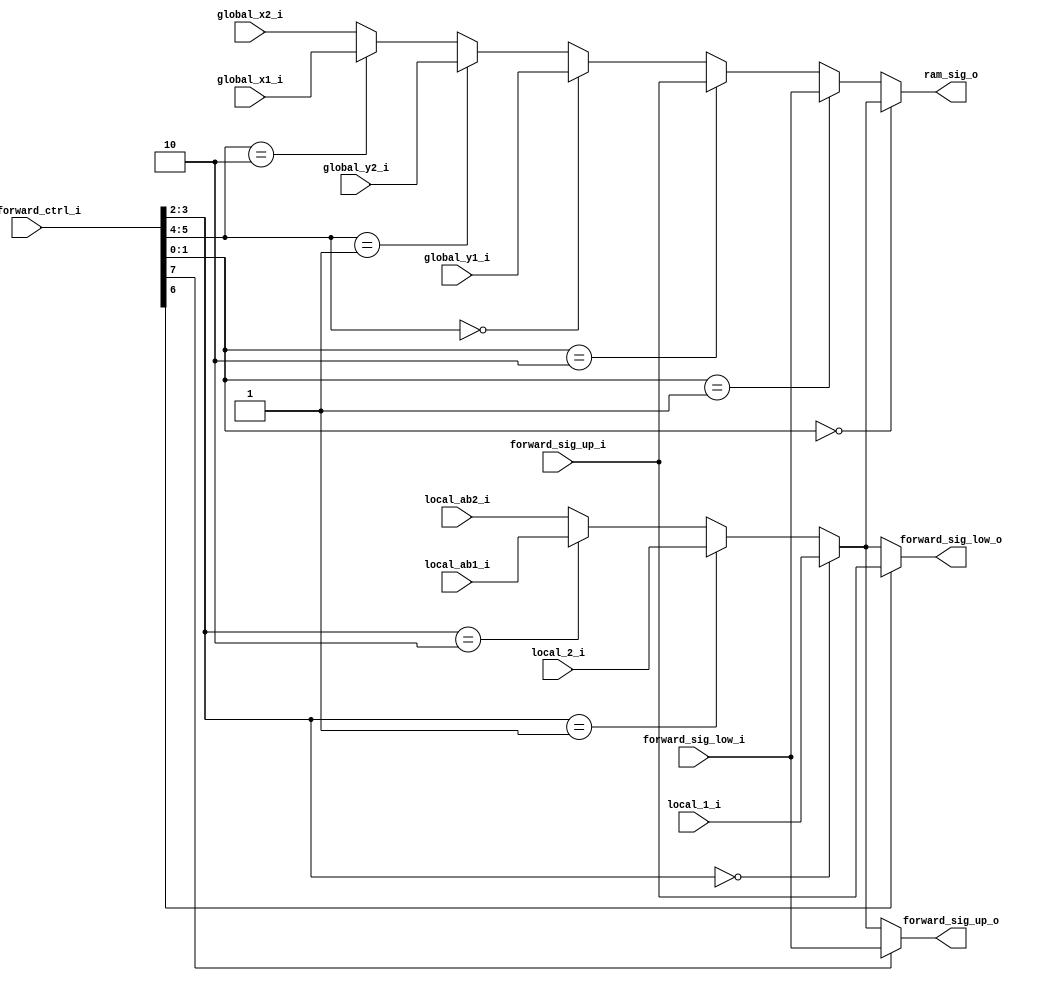
// This program was cloned from: https://github.com/colognechip/gatemate_ila
// License: GNU General Public License v3.0

// Company           :   racyics
//
// Project Name      :   p_cc
// Subproject Name   :   s_fpga, dpsram_block_4x512x20
// Description       :   <short description>
//
// Create Date       :   
// Last Change       :   $Date: 2015-03-11 10:16:31 +0100 (Wed, 11 Mar 2015) $
// by                :   $Author: winter $
//------------------------------------------------------------

module forward_selection_ctrl
  (input  wire [7:0]  cfg_forward_ctrl_i,
   
   input  wire        local_1_i,
   input  wire        local_2_i,
   input  wire        local_ab1_i,
   input  wire        local_ab2_i,
   
   input  wire        global_x1_i,
   input  wire        global_x2_i,
   input  wire        global_y1_i,
   input  wire        global_y2_i,
                    
   input  wire        forward_sig_up_i,
   input  wire        forward_sig_low_i,
                    
   output wire        forward_sig_up_o,
   output wire        forward_sig_low_o,
                    
   output wire        ram_sig_o
   );

   wire               local_sel, global_sel;

   assign local_sel = (cfg_forward_ctrl_i[3:2]==2'b00) ? local_1_i : 
                      (cfg_forward_ctrl_i[3:2]==2'b01) ? local_2_i : 
                      (cfg_forward_ctrl_i[3:2]==2'b10) ? local_ab1_i : 
                                                         local_ab2_i; 

   assign global_sel = (cfg_forward_ctrl_i[5:4]==2'b00) ? global_y1_i : 
                       (cfg_forward_ctrl_i[5:4]==2'b01) ? global_y2_i : 
                       (cfg_forward_ctrl_i[5:4]==2'b10) ? global_x1_i : 
                                                          global_x2_i; 

   assign ram_sig_o = (cfg_forward_ctrl_i[1:0]==2'b00) ? local_sel : 
                      (cfg_forward_ctrl_i[1:0]==2'b01) ? forward_sig_low_i : 
                      (cfg_forward_ctrl_i[1:0]==2'b10) ? forward_sig_up_i : 
                                                         global_sel;

   assign forward_sig_up_o  = (cfg_forward_ctrl_i[7]==1'b0) ? local_sel : 
                                                              forward_sig_low_i;

   assign forward_sig_low_o = (cfg_forward_ctrl_i[6]==1'b0) ? local_sel : 
                                                              forward_sig_up_i;
   
endmodule